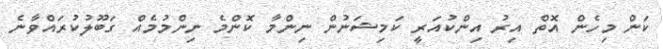
ކަން މިހެން އޮތް އިރު އިންކުއަރީ ކަމިޝަނުން ނިންމާ ކޮންމެ ނިންމުމެއް ގަބޫލުކުރައްވާނެ